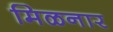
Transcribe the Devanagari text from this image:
मिळनार